Annual administration report of the Civil Veterinary Department of India - 1892-1893
Year: 1892
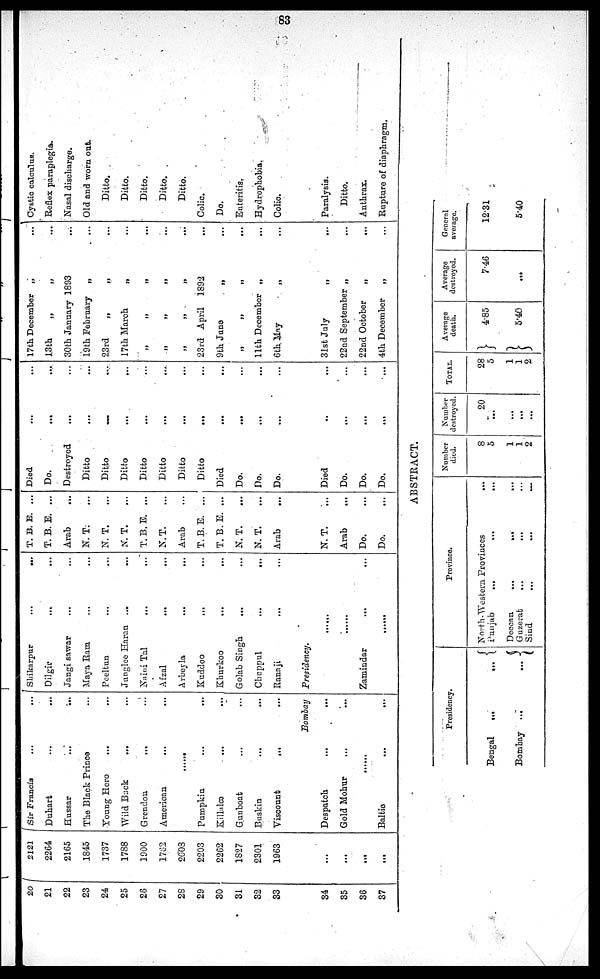
83
20
21
22
23
24
25
26
27
28
29
30
31
32
33
34
35
36
37
2121
2264
2165
1845
1737
1788
1900
1762
2003
2203
2262
1827
2301
1963
...
...
...
...
Sir Francis
...
...
Duhart ..... ...
Hussar
...
...
The Black Prince ...
Young Hero
......
Wild Buck ......
Grendon
... ......
American
...
...
......
Pumpkin
...
...
Killalco ... ...
Gunboat ... ...
Buskin ... ...
Viscount
...
...
Bombay
Despatch ... ...
Gold Mohur ... ...
......
Baltic ... ...
Shikarpur
...
...
Dilgir ... ...
Jangi sawrar ... ...
Maya Ram ... ...
Peeltun ... ...
Junglee Haran ... ...
Naini Tal ... ...
Afzal ... ...
Arbeyla
...
...
Kuddoo
....
...
Khurkoo
...
...
Golab Singh ... ...
Chuppul
...
...
Rannji ... ...
Presidency.
......
......
Zamindar
...
...
......
T. B. E. ...
T. B. E. ...
Arab
...
N. T. ...
N. T. ...
N. T. ...
T. B. E. ...
N.T. ...
Arab ...
T. B. E. ...
T. B. E. ...
N. T. ...
N. T. ...
Arab
...
N. T. ...
Arab
...
Do. ...
Do. ....
Died ... ...
Do. ... ...
Destroyed
...
Ditto ... ...
Ditto
...
...
Ditto ... ...
Ditto ... ...
Ditto ... ...
Ditto ...
Ditto ...
Died ... ...
Do. ... ...
Do. ... ...
Do. ... ...
Died ... ...
Do. ... ...
Do. ... ...
Do. ... ...
17th
13th
30th
19th
23rd
17th
„
„
„
23rd
9th
„
11th
6th
December
„
January
February
„
March
„
„
„
April
June
„
December
May
„ ...
„ ...
1893 ...
„ ...
„ ...
„ ...
„ ...
„ ...
„ ...
1892
„ ...
„ ...
„ ...
„ ...
31st
22nd
22nd
4th
July
September
October
December
„ ...
„ ...
„ ...
„ ...
Cystic calculus.
Reflex paraplegia.
Nasal discharge.
Old and worn out.
Ditto.
Ditto.
Ditto.
Ditto.
Ditto.
Colic.
Do.
Enteritis.
Hydrophobia.
Colic.
Paralysis.
Ditto.
Anthrax.
Rupture of diaphragm.
ABSTRACT.
Presidency.
Bengal
...
...
Bombay
...
...
Province.
North-Western Provinces ...
Punjab
...
...
...
Deccan
...
...
... ...
Guzerat
...
... ... ...
Sind
...
....
...
Number
died.
8
5
1
1
2
Number
destroyed.
20
...
...
...
...
TOTAL.
28
5
1
1
2
Average
death.
4.85
5.40
Average
destroyed.
7.46
...
General
average.
12.31
5.40